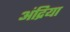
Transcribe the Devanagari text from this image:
अंद्रिया